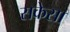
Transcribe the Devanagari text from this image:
सकेसा